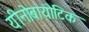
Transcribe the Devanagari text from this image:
यीनोबायोटिक